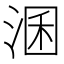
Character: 𱦳